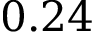
0 . 2 4